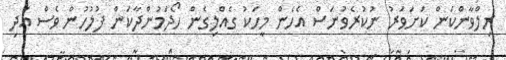
ރިލްވާންކަން ކަށަވަރު ނުކުރެވުނަސް އެހެން މީހަކު ގެއްލިގެން ހޯދަމުންދާކަން ފުލުހުން ވެސް އަދި